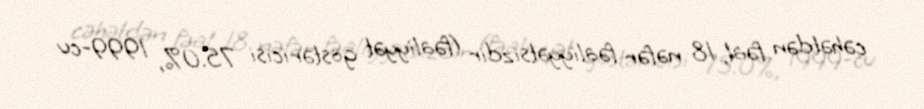
cəhətdən fəal, 18 nəfər fəaliyyətsizdir (fəaliyyət göstəricisi 75.0%, 1999-cu